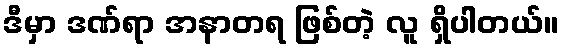
ဒီမှာ ဒဏ်ရာ အနာတရ ဖြစ်တဲ့ လူ ရှိပါတယ်။